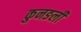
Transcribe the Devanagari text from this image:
कुनङली